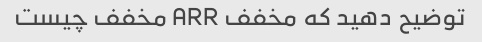
توضیح دهید که مخفف ARR مخفف چیست